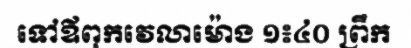
ទៅឪពុកវេលាម៉ោង ១៖៤០ ព្រឹក